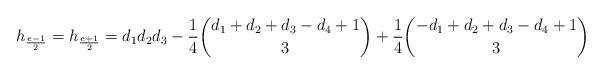
LaTeX: \begin{align*} h_{\frac{e-1}{2}}= h_{\frac{e+1}{2}}= d_1d_2d_3 - \frac14\binom{d_1+d_2+d_3-d_4+1}{3}+\frac14\binom{-d_1+d_2+d_3-d_4+1}{3} \end{align*}